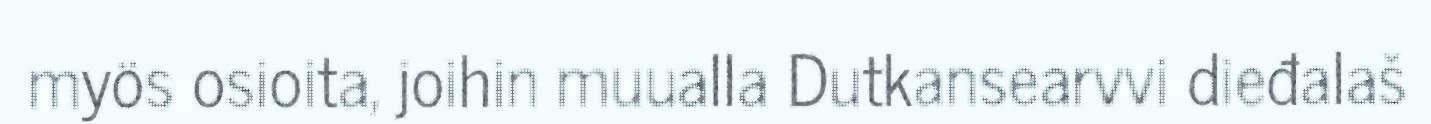
myös osioita, joihin muualla Dutkansearvvi dieđalaš